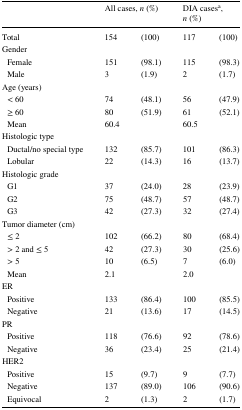
<table><thead><tr><td></td><td colspan="2"><b>All cases, <i>n</i> (%)</b></td><td colspan="2"><b>DIA cases<sup>a</sup>, <i>n</i> (%)</b></td></tr></thead><tbody><tr><td>Total</td><td>154</td><td>(100)</td><td>117</td><td>(100)</td></tr><tr><td colspan="5">Gender</td></tr><tr><td> Female</td><td>151</td><td>(98.1)</td><td>115</td><td>(98.3)</td></tr><tr><td> Male</td><td>3</td><td>(1.9)</td><td>2</td><td>(1.7)</td></tr><tr><td colspan="5">Age (years)</td></tr><tr><td> &lt; 60</td><td>74</td><td>(48.1)</td><td>56</td><td>(47.9)</td></tr><tr><td> ≥ 60</td><td>80</td><td>(51.9)</td><td>61</td><td>(52.1)</td></tr><tr><td> Mean</td><td colspan="2">60.4</td><td colspan="2">60.5</td></tr><tr><td colspan="5">Histologic type</td></tr><tr><td> Ductal/no special type</td><td>132</td><td>(85.7)</td><td>101</td><td>(86.3)</td></tr><tr><td> Lobular</td><td>22</td><td>(14.3)</td><td>16</td><td>(13.7)</td></tr><tr><td colspan="5">Histologic grade</td></tr><tr><td> G1</td><td>37</td><td>(24.0)</td><td>28</td><td>(23.9)</td></tr><tr><td> G2</td><td>75</td><td>(48.7)</td><td>57</td><td>(48.7)</td></tr><tr><td> G3</td><td>42</td><td>(27.3)</td><td>32</td><td>(27.4)</td></tr><tr><td colspan="5">Tumor diameter (cm)</td></tr><tr><td> ≤ 2</td><td>102</td><td>(66.2)</td><td>80</td><td>(68.4)</td></tr><tr><td> &gt; 2 and ≤ 5</td><td>42</td><td>(27.3)</td><td>30</td><td>(25.6)</td></tr><tr><td> &gt; 5</td><td>10</td><td>(6.5)</td><td>7</td><td>(6.0)</td></tr><tr><td> Mean</td><td colspan="2">2.1</td><td colspan="2">2.0</td></tr><tr><td colspan="5">ER</td></tr><tr><td> Positive</td><td>133</td><td>(86.4)</td><td>100</td><td>(85.5)</td></tr><tr><td> Negative</td><td>21</td><td>(13.6)</td><td>17</td><td>(14.5)</td></tr><tr><td colspan="5">PR</td></tr><tr><td> Positive</td><td>118</td><td>(76.6)</td><td>92</td><td>(78.6)</td></tr><tr><td> Negative</td><td>36</td><td>(23.4)</td><td>25</td><td>(21.4)</td></tr><tr><td colspan="5">HER2</td></tr><tr><td> Positive</td><td>15</td><td>(9.7)</td><td>9</td><td>(7.7)</td></tr><tr><td> Negative</td><td>137</td><td>(89.0)</td><td>106</td><td>(90.6)</td></tr><tr><td> Equivocal</td><td>2</td><td>(1.3)</td><td>2</td><td>(1.7)</td></tr></tbody></table>